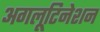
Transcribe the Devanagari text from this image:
अगलूटिनेशन